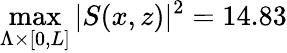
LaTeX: \operatorname*{max}_{\Lambda\times\lbrack 0,L\rbrack}\vert S(x,z)\vert^{2}=14.83